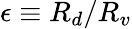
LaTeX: \epsilon\equiv R_{d}/R_{v}